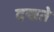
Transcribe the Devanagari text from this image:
दखते